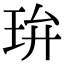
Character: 㺹